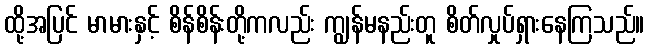
ထို့အပြင် မာမားနှင့် စိန်စိန်းတို့ကလည်း ကျွန်မနည်းတူ စိတ်လှုပ်ရှားနေကြသည်။